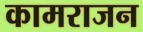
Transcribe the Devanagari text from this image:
कामराजन